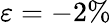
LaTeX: \varepsilon=-2\%